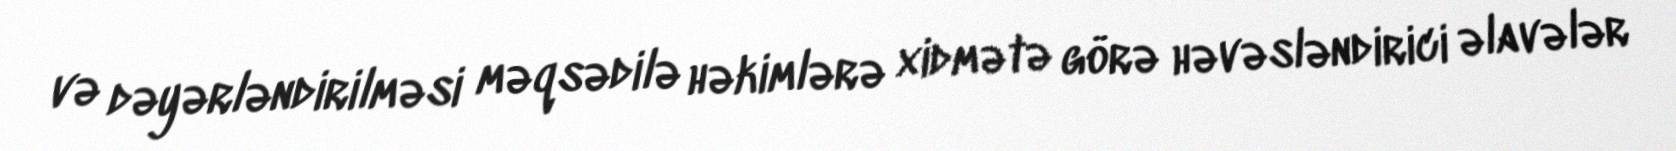
və dəyərləndirilməsi məqsədilə həkimlərə xidmətə görə həvəsləndirici əlavələr